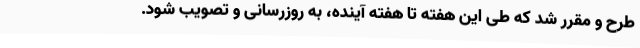
طرح و مقرر شد که طی این هفته تا هفته آینده، به روزرسانی و تصویب شود.